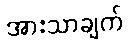
အားသာချက်